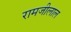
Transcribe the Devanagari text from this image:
रामजीलाल